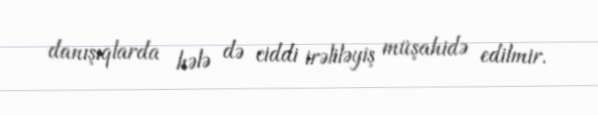
danışıqlarda hələ də ciddi irəliləyiş müşahidə edilmir.